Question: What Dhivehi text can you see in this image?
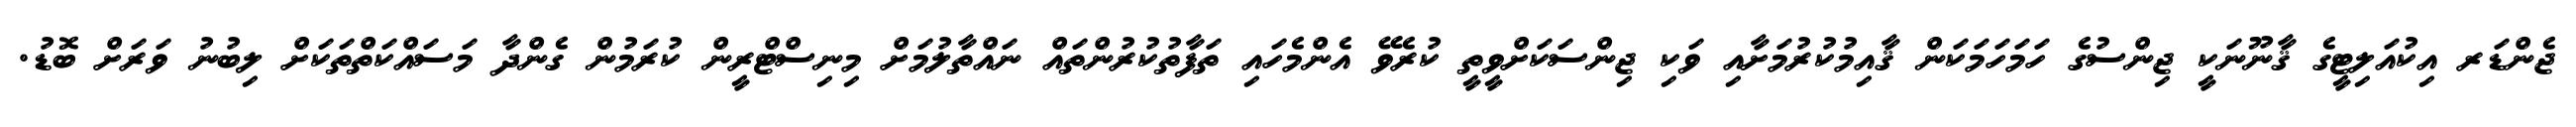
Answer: ޖެންޑަރ އިކުއަލިޓީގެ ޤާނޫނަކީ ޖިންސުގެ ހަމަހަމަކަން ޤާއިމުކުރުމަށާއި ވަކި ޖިންސަކަށްވީތީ ކުރެވޭ އެންމެހައި ތަފާތުކުރުންތައް ނައްތާލުމަށް މިނިސްޓްރީން ކުރަމުން ގެންދާ މަސައްކަތްތަކަށް ލިބުނު ވަރަށް ބޮޑު.